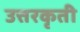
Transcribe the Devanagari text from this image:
उत्तरकृती